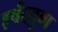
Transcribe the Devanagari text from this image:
हर्षदबुवा